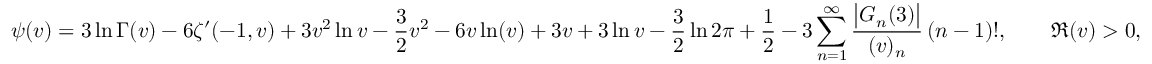
\psi ( v ) = 3 \ln \Gamma ( v ) - 6 \zeta ^ { \prime } ( - 1 , v ) + 3 v ^ { 2 } \ln { v } - { \frac { 3 } { 2 } } v ^ { 2 } - 6 v \ln ( v ) + 3 v + 3 \ln { v } - { \frac { 3 } { 2 } } \ln 2 \pi + { \frac { 1 } { 2 } } - 3 \sum _ { n = 1 } ^ { \infty } { \frac { { \big | } G _ { n } ( 3 ) { \big | } } { ( v ) _ { n } } } \, ( n - 1 ) ! , \qquad \Re ( v ) > 0 ,